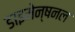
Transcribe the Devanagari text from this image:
डाइमेन्षनल